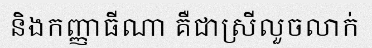
និងកញ្ញាធីណា គឺជាស្រីលួចលាក់